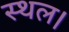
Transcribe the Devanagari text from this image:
स्‍थल।